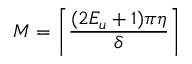
M = \left\lceil \frac { ( 2 E _ { u } + 1 ) \pi \eta } { \delta } \right\rceil